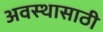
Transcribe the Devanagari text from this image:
अवस्थासाठी